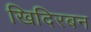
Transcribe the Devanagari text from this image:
खिदिरबन